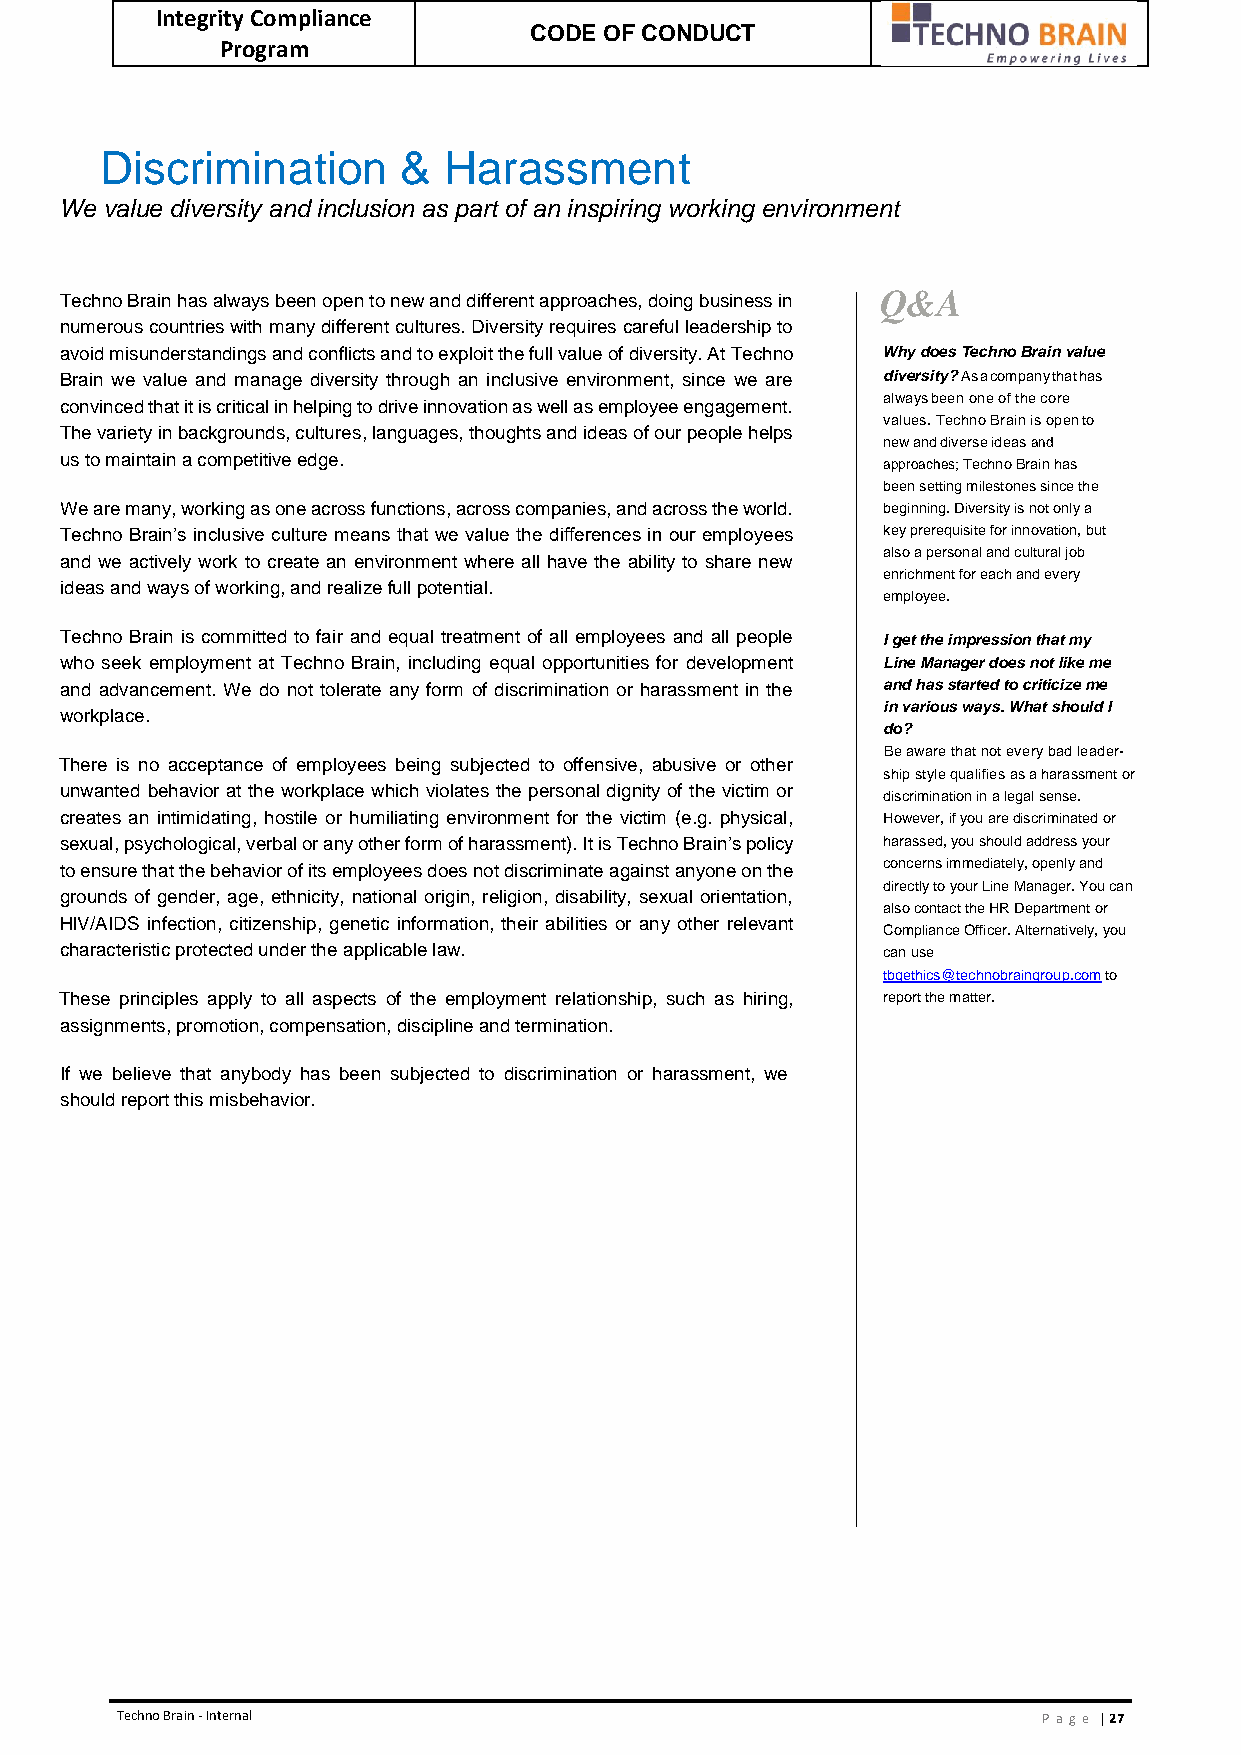
Integrity Compliance
 CODE OF CONDUCT
 Program
 Discrimination     &  Harassment
 We value diversity and inclusion as part of an inspiring working environment
 Techno Brain has always been open to new and different approaches, doing business in Q&A
 numerous countries with many different cultures. Diversity requires careful leadership to
 avoid misunderstandings and conflicts and to exploit the full value of diversity. At Techno Why does Techno Brain value
 Brain we value and manage diversity through an inclusive environment, since we are diversity? As a company that has
 always been one of the core
 convinced that it is critical in helping to drive innovation as well as employee engagement.
 values. Techno Brain is open to
 The variety in backgrounds, cultures, languages, thoughts and ideas of our people helps
 new and diverse ideas and
 us to maintain a competitive edge.
 approaches; Techno Brain has
 been setting milestones since the
 We are many, working as one across functions, across companies, and across the world. beginning. Diversity is not only a
 Techno Brain’s inclusive culture means that we value the differences in our employees key prerequisite for innovation, but
 also a personal and cultural job
 and we actively work to create an environment where all have the ability to share new
 enrichment for each and every
 ideas and ways of working, and realize full potential.
 employee.
 Techno Brain is committed to fair and equal treatment of all employees and all people I get the impression that my
 who seek employment at Techno Brain, including equal opportunities for development Line Manager does not like me
 and advancement. We do not tolerate any form of discrimination or harassment in the and has started to criticize me
 in various ways. What should I
 workplace.
 do?
 Be aware that not every bad leader-
 There is no acceptance of employees being subjected to offensive, abusive or other
 ship style qualifies as a harassment or
 unwanted behavior at the workplace which violates the personal dignity of the victim or
 discrimination in a legal sense.
 creates an intimidating, hostile or humiliating environment for the victim (e.g. physical, However, if you are discriminated or
 sexual, psychological, verbal or any other form of harassment). It is Techno Brain’s policy harassed, you should address your
 to ensure that the behavior of its employees does not discriminate against anyone on the concerns immediately, openly and
 directly to your Line Manager. You can
 grounds of gender, age, ethnicity, national origin, religion, disability, sexual orientation,
 also contact the HR Department or
 HIV/AIDS infection, citizenship, genetic information, their abilities or any other relevant
 Compliance Officer. Alternatively, you
 characteristic protected under the applicable law.    can use
 tbgethics@technobraingroup.com to
 These principles apply to all aspects of the employment relationship, such as hiring, report the matter.
 assignments, promotion, compensation, discipline and termination.
 If we believe that anybody has been subjected to discrimination or harassment, we
 should report this misbehavior.
 Techno Brain - Internal                                      Pa ge | 27